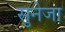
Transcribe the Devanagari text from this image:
सुनेजा